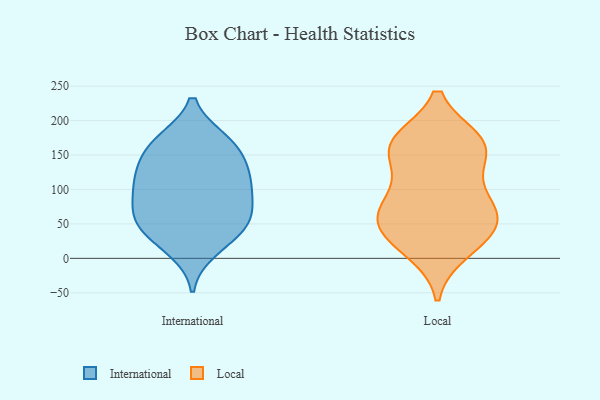
{"axis": {"x": "Churn Rate (%)", "y": "Value"}, "legend": ["International", "Local"], "data": [{"x": "", "y": 50, "type": "International"}, {"x": "", "y": 98, "type": "International"}, {"x": "", "y": 91, "type": "International"}, {"x": "", "y": 170, "type": "International"}, {"x": "", "y": 70, "type": "International"}, {"x": "", "y": 58, "type": "International"}, {"x": "", "y": 13, "type": "International"}, {"x": "", "y": 168, "type": "International"}, {"x": "", "y": 124, "type": "International"}, {"x": "", "y": 59, "type": "International"}, {"x": "", "y": 150, "type": "International"}, {"x": "", "y": 44, "type": "International"}, {"x": "", "y": 171, "type": "International"}, {"x": "", "y": 106, "type": "International"}, {"x": "", "y": 27, "type": "International"}, {"x": "", "y": 133, "type": "International"}, {"x": "", "y": 116, "type": "International"}, {"x": "", "y": 47, "type": "Local"}, {"x": "", "y": 161, "type": "Local"}, {"x": "", "y": 75, "type": "Local"}, {"x": "", "y": 20, "type": "Local"}, {"x": "", "y": 167, "type": "Local"}, {"x": "", "y": 92, "type": "Local"}, {"x": "", "y": 45, "type": "Local"}, {"x": "", "y": 45, "type": "Local"}, {"x": "", "y": 165, "type": "Local"}, {"x": "", "y": 80, "type": "Local"}, {"x": "", "y": 61, "type": "Local"}, {"x": "", "y": 11, "type": "Local"}, {"x": "", "y": 165, "type": "Local"}, {"x": "", "y": 128, "type": "Local"}, {"x": "", "y": 170, "type": "Local"}]}